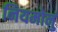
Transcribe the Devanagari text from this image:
नियमोनुं